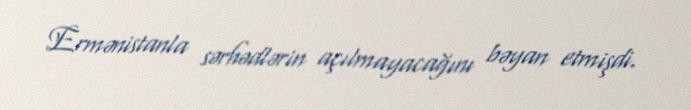
Ermənistanla sərhədlərin açılmayacağını bəyan etmişdi.